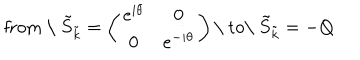
\mathrm { f r o m ~ \ } \tilde { S } _ { \tilde { k } } = \left( \begin{matrix} { { e ^ { i \theta } } } & { { 0 } } \\ { { 0 } } & { { e ^ { - i \theta } } } \\ \end{matrix} \right) \mathrm { \ t o \ } \tilde { S } _ { \tilde { k } } = - Q